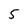
Character: 5